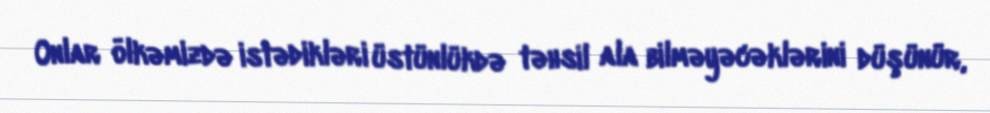
Onlar ölkəmizdə istədikləri üstünlükdə təhsil ala bilməyəcəklərini düşünür,